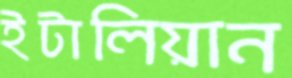
ইটালিয়ান